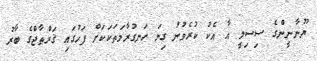
ޔޫނާނީންގެ ސިސިލީ އާ އެކު ކުރެވުނު ގިނަ ހަނގުރާމަތަކަކަށް ފަހުގައި ޤަރްޠާޖްގެ ބާރު